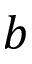
b